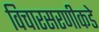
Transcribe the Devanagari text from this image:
विचारसरणीकडे